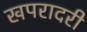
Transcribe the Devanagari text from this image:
खपरादरी